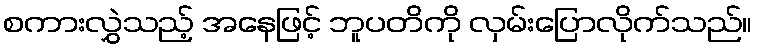
စကားလွှဲသည့် အနေဖြင့် ဘူပတိကို လှမ်းပြောလိုက်သည်။